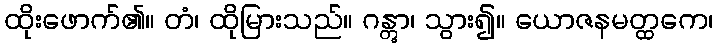
ထိုးဖောက်၏။ တံ၊ ထိုမြားသည်။ ဂန္တွာ၊ သွား၍။ ယောဇနမတ္ထကေ၊